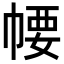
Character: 𢃽